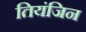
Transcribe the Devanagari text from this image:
तियंजिन